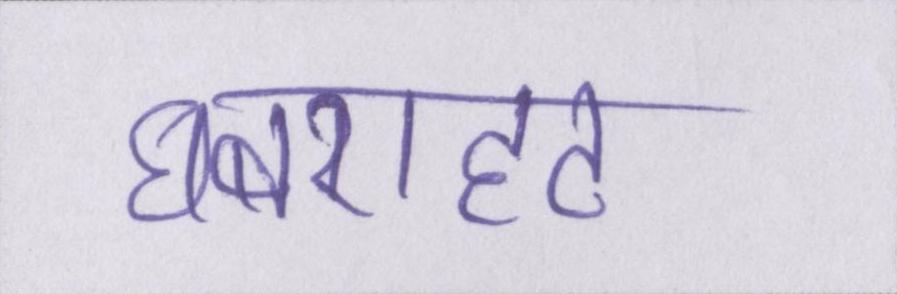
घबराहट